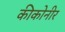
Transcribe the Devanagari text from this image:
कीकोनीर